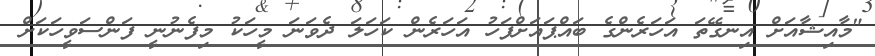
"މާއިޝާއަށް އިނގޭތަ އަހަރެންގެ ބައްޕައަށްފަހު އަހަރެން ކަހަލަ ދެވަނަ މީހަކު މިފެނުނީ ފަންސަވީހަކަށް